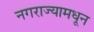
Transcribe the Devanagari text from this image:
नगराज्यामधून